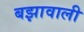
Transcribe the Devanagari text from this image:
बझावाली